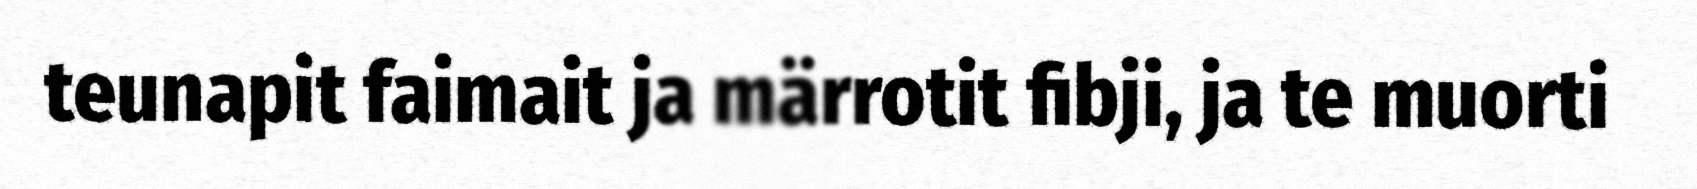
teunapit faimait ja märrotit fibji, ja te muorti